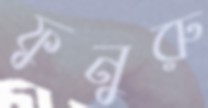
ফুনুরু